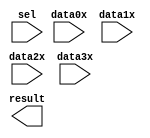
// megafunction wizard: %LPM_MUX%VBB%
// GENERATION: STANDARD
// VERSION: WM1.0
// MODULE: LPM_MUX 

// ============================================================
// Megafunction Name(s):
// 			LPM_MUX
//
// Simulation Library Files(s):
// 			lpm
// ============================================================
// ************************************************************
// THIS IS A WIZARD-GENERATED FILE. DO NOT EDIT THIS FILE!
//
// 17.1.0 Build 590 10/25/2017 SJ Lite Edition
// ************************************************************

//Copyright (C) 2017  Intel Corporation. All rights reserved.
//Your use of Intel Corporation's design tools, logic functions 
//and other software and tools, and its AMPP partner logic 
//functions, and any output files from any of the foregoing 
//(including device programming or simulation files), and any 
//associated documentation or information are expressly subject 
//to the terms and conditions of the Intel Program License 
//Subscription Agreement, the Intel Quartus Prime License Agreement,
//the Intel FPGA IP License Agreement, or other applicable license
//agreement, including, without limitation, that your use is for
//the sole purpose of programming logic devices manufactured by
//Intel and sold by Intel or its authorized distributors.  Please
//refer to the applicable agreement for further details.

module lpm_mux0 (
	data0x,
	data1x,
	data2x,
	data3x,
	sel,
	result);

	input	[7:0]  data0x;
	input	[7:0]  data1x;
	input	[7:0]  data2x;
	input	[7:0]  data3x;
	input	[1:0]  sel;
	output	[7:0]  result;

endmodule

// ============================================================
// CNX file retrieval info
// ============================================================
// Retrieval info: PRIVATE: INTENDED_DEVICE_FAMILY STRING "Cyclone IV E"
// Retrieval info: PRIVATE: SYNTH_WRAPPER_GEN_POSTFIX STRING "0"
// Retrieval info: PRIVATE: new_diagram STRING "1"
// Retrieval info: LIBRARY: lpm lpm.lpm_components.all
// Retrieval info: CONSTANT: LPM_SIZE NUMERIC "4"
// Retrieval info: CONSTANT: LPM_TYPE STRING "LPM_MUX"
// Retrieval info: CONSTANT: LPM_WIDTH NUMERIC "8"
// Retrieval info: CONSTANT: LPM_WIDTHS NUMERIC "2"
// Retrieval info: USED_PORT: data0x 0 0 8 0 INPUT NODEFVAL "data0x[7..0]"
// Retrieval info: USED_PORT: data1x 0 0 8 0 INPUT NODEFVAL "data1x[7..0]"
// Retrieval info: USED_PORT: data2x 0 0 8 0 INPUT NODEFVAL "data2x[7..0]"
// Retrieval info: USED_PORT: data3x 0 0 8 0 INPUT NODEFVAL "data3x[7..0]"
// Retrieval info: USED_PORT: result 0 0 8 0 OUTPUT NODEFVAL "result[7..0]"
// Retrieval info: USED_PORT: sel 0 0 2 0 INPUT NODEFVAL "sel[1..0]"
// Retrieval info: CONNECT: @data 0 0 8 0 data0x 0 0 8 0
// Retrieval info: CONNECT: @data 0 0 8 8 data1x 0 0 8 0
// Retrieval info: CONNECT: @data 0 0 8 16 data2x 0 0 8 0
// Retrieval info: CONNECT: @data 0 0 8 24 data3x 0 0 8 0
// Retrieval info: CONNECT: @sel 0 0 2 0 sel 0 0 2 0
// Retrieval info: CONNECT: result 0 0 8 0 @result 0 0 8 0
// Retrieval info: GEN_FILE: TYPE_NORMAL lpm_mux0.v TRUE
// Retrieval info: GEN_FILE: TYPE_NORMAL lpm_mux0.inc FALSE
// Retrieval info: GEN_FILE: TYPE_NORMAL lpm_mux0.cmp FALSE
// Retrieval info: GEN_FILE: TYPE_NORMAL lpm_mux0.bsf TRUE
// Retrieval info: GEN_FILE: TYPE_NORMAL lpm_mux0_inst.v FALSE
// Retrieval info: GEN_FILE: TYPE_NORMAL lpm_mux0_bb.v TRUE
// Retrieval info: LIB_FILE: lpm